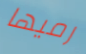
رميها